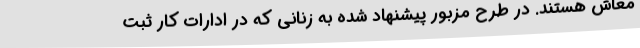
معاش هستند. در طرح مزبور پیشنهاد شده به زنانی که در ادارات کار ثبت